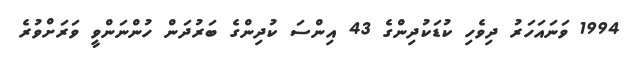
1994 ވަނައަހަރު ދިވެހި ކުޑަކުދިންގެ 43 އިންސަ ކުދިންގެ ބަރުދަން ހުންނަންވީ ވަރަށްވުރެ